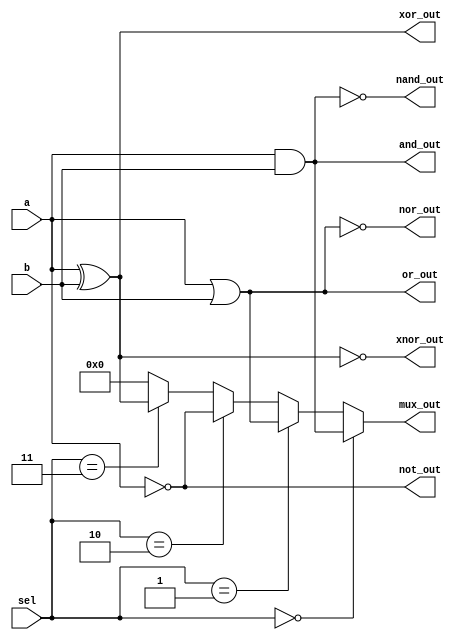
module comb_logic_block (
    input wire [3:0] a,        // 4-bit input A
    input wire [3:0] b,        // 4-bit input B
    input wire [1:0] sel,      // 2-bit selector for multiplexer
    output wire [3:0] and_out, // AND output
    output wire [3:0] or_out,  // OR output
    output wire [3:0] not_out, // NOT output
    output wire [3:0] nand_out, // NAND output
    output wire [3:0] nor_out, // NOR output
    output wire [3:0] xor_out, // XOR output
    output wire [3:0] xnor_out, // XNOR output
    output wire [3:0] mux_out   // Multiplexer output
);

    // AND operation
    assign and_out = a & b;

    // OR operation
    assign or_out = a | b;

    // NOT operation (inverting A)
    assign not_out = ~a;

    // NAND operation
    assign nand_out = ~(a & b);

    // NOR operation
    assign nor_out = ~(a | b);

    // XOR operation
    assign xor_out = a ^ b;

    // XNOR operation
    assign xnor_out = ~(a ^ b);

    // 4-to-1 Multiplexer
    assign mux_out = (sel == 2'b00) ? and_out :
                     (sel == 2'b01) ? or_out :
                     (sel == 2'b10) ? not_out :
                     (sel == 2'b11) ? xor_out : 4'b0000;

endmodule